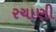
રચાણી